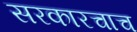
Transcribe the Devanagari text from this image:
सरकारचाच